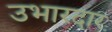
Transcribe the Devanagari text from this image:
उभारदार